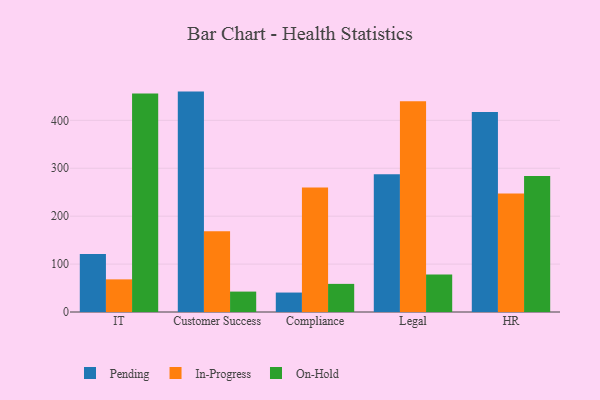
{"axis": {"x": "Department", "y": "Energy Usage (MWh)"}, "legend": ["In-Progress", "On-Hold", "Pending"], "data": [{"x": "IT", "y": 120.8, "type": "Pending"}, {"x": "IT", "y": 68.1, "type": "In-Progress"}, {"x": "IT", "y": 456.2, "type": "On-Hold"}, {"x": "Customer Success", "y": 460.0, "type": "Pending"}, {"x": "Customer Success", "y": 168.5, "type": "In-Progress"}, {"x": "Customer Success", "y": 42.6, "type": "On-Hold"}, {"x": "Compliance", "y": 40.6, "type": "Pending"}, {"x": "Compliance", "y": 259.6, "type": "In-Progress"}, {"x": "Compliance", "y": 58.7, "type": "On-Hold"}, {"x": "Legal", "y": 287.4, "type": "Pending"}, {"x": "Legal", "y": 439.7, "type": "In-Progress"}, {"x": "Legal", "y": 78.2, "type": "On-Hold"}, {"x": "HR", "y": 417.5, "type": "Pending"}, {"x": "HR", "y": 247.4, "type": "In-Progress"}, {"x": "HR", "y": 284.0, "type": "On-Hold"}]}